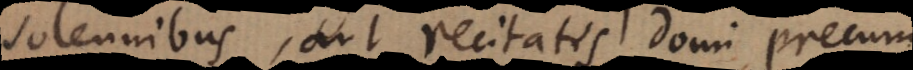
solennibus, aut recitatis domi precum